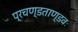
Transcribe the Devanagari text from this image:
प्रचण्डताण्डवः